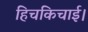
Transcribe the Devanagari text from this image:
हिचकिचाई।